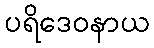
ပရိဒေဝနာယ